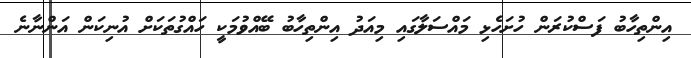
އިންތިހާބު ފަސްކުރަން ހުށަހެޅި މައްސަލާގައި މިއަދު އިންތިހާބު ބޭއްވުމަކީ ހައްގުތަކަށް އުނިކަން އަންނާނެ